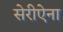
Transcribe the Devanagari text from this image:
सेरीऐना